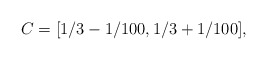
\begin{align*}C = [1/3 - 1/100, 1/3 + 1/100],\end{align*}